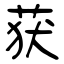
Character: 获